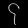
Digit: ၄